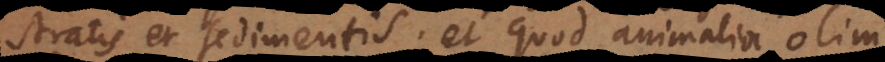
stratis et sedimentis; et quod animalia olim